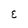
Character: E